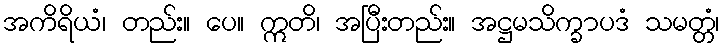
အကိရိယံ၊ တည်း။ ပေ။ ဣတိ၊ အပြီးတည်း။ အဋ္ဌမသိက္ခာပဒံ သမတ္တံ၊